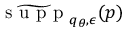
\widetilde { \textrm { s u p p } } _ { q _ { \theta } , \epsilon } ( p )